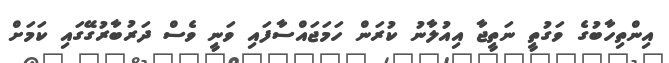
އިންތިހާބުގެ ވަގުތީ ނަތީޖާ އިއުލާނު ކުރަން ހަމަޖައްސާފައި ވަނީ ވެސް ދަރުބާރުގޭގައި ކަމަށް